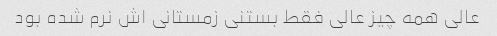
عالی همه چیز عالی فقط بستنی زمستانی اش نرم شده بود